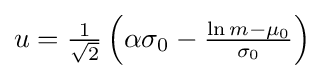
\textstyle u={\frac {1}{\sqrt {2}}}\left(\alpha \sigma _{0}-{\frac {\ln m-\mu _{0}}{\sigma _{0}}}\right)